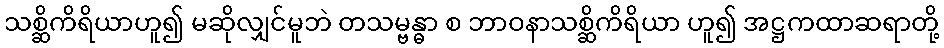
သစ္ဆိကိရိယာဟူ၍ မဆိုလျှင်မူဘဲ တသမ္ဗန္ဓာ စ ဘာဝနာသစ္ဆိကိရိယာ ဟူ၍ အဋ္ဌကထာဆရာတို့